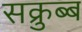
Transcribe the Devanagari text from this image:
सक्रुब्ब